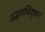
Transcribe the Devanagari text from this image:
उद्धवचिद्‌घन